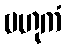
ဗဟုကံ